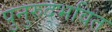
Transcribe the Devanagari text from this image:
पुनुरुद्भवित